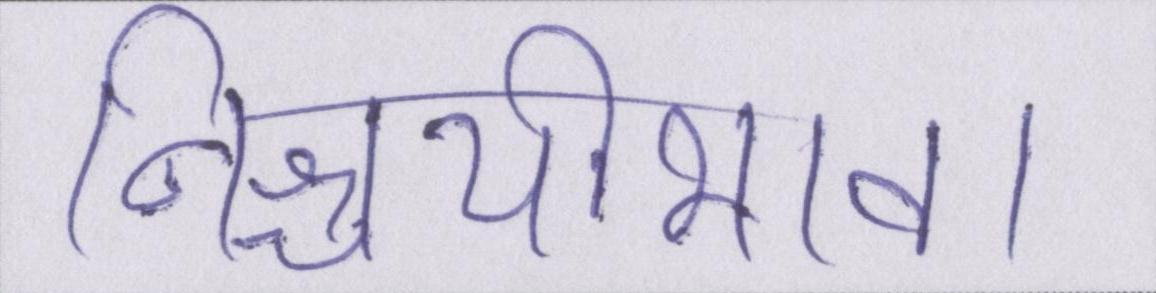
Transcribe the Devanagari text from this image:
निश्चयीभाव।